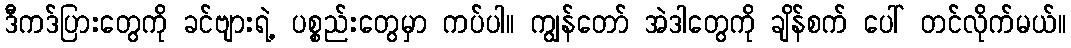
ဒီကဒ်ပြားတွေကို ခင်ဗျားရဲ့ ပစ္စည်းတွေမှာ ကပ်ပါ။ ကျွန်တော် အဲဒါတွေကို ချိန်စက် ပေါ် တင်လိုက်မယ်။